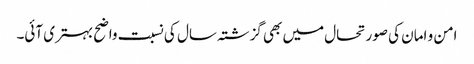
امن و امان کی صورتحال میں بھی گزشتہ سال کی نسبت واضح بہتری آئی۔